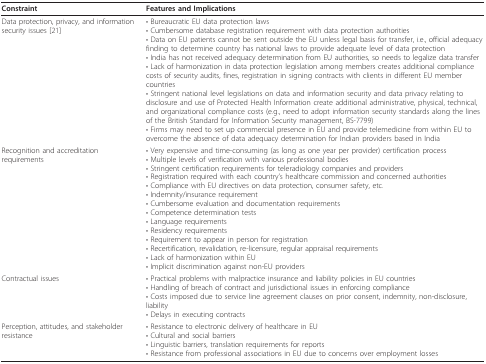
| Constraint | Features and Implications |
 | --- | --- |
 | Data protection, privacy, and information security issues[21] | • Bureaucratic EU data protection laws• Cumbersome database registration requirement with data protection authorities• Data on EU patients cannot be sent outside the EU unless legal basis for transfer, i.e., official adequacy finding to determine country has national laws to provide adequate level of data protection• India has not received adequacy determination from EU authorities, so needs to legalize data transfer• Lack of harmonization in data protection legislation among members creates additional compliance costs of security audits, fines, registration in signing contracts with clients in different EU member countries• Stringent national level legislations on data and information security and data privacy relating to disclosure and use of Protected Health Information create additional administrative, physical, technical, and organizational compliance costs (e.g., need to adopt information security standards along the lines of the British Standard for Information Security management, BS-7799)• Firms may need to set up commercial presence in EU and provide telemedicine from within EU to overcome the absence of data adequacy determination for Indian providers based in India |
 | Recognition and accreditation requirements | • Very expensive and time-consuming (as long as one year per provider) certification process• Multiple levels of verification with various professional bodies• Stringent certification requirements for teleradiology companies and providers• Registration required with each country's healthcare commission and concerned authorities• Compliance with EU directives on data protection, consumer safety, etc.• Indemnity/insurance requirement• Cumbersome evaluation and documentation requirements• Competence determination tests• Language requirements• Residency requirements• Requirement to appear in person for registration• Recertification, revalidation, re-licensure, regular appraisal requirements• Lack of harmonization within EU• Implicit discrimination against non-EU providers |
 | Contractual issues | • Practical problems with malpractice insurance and liability policies in EU countries• Handling of breach of contract and jurisdictional issues in enforcing compliance• Costs imposed due to service line agreement clauses on prior consent, indemnity, non-disclosure, liability• Delays in executing contracts |
 | Perception, attitudes, and stakeholder resistance | • Resistance to electronic delivery of healthcare in EU• Cultural and social barriers• Linguistic barriers, translation requirements for reports• Resistance from professional associations in EU due to concerns over employment losses |